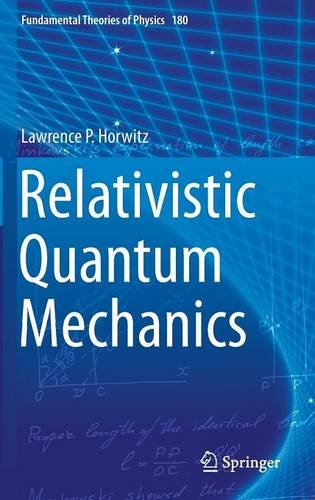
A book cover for Relativistic Quantum Mechanics (Fundamental Theories of Physics); Lawrence P. Horwitz; Science & Math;